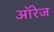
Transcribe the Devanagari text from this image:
ऑरेज